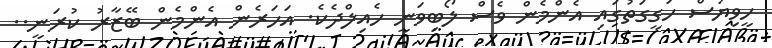
ހީވިޔަސް ހަގީގަތުގައި އެންމެން ވެސް ލޯބިވަނީ ހެއިލްދެކެ. އަހަރެން އެންމެން ބޭޒާރު ކުރަނީ..